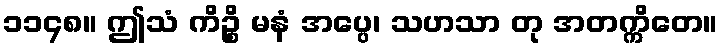
၁၁၄၈။ ဤသံ ကိဉ္စိ မနံ အပ္ပေ၊ သဟသာ တု အတက္ကိတေ။